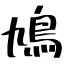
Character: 鳩